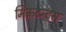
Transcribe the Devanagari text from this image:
मिऊटन्ट्स